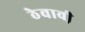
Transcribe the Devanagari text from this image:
ठेवावी़